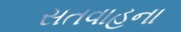
સતવાહના